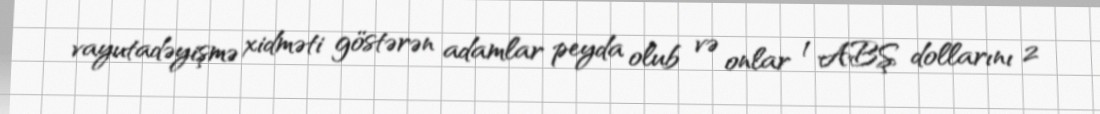
vayutadəyişmə xidməti göstərən adamlar peyda olub və onlar 1 ABŞ dollarını 2